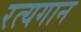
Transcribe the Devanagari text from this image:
रत्यगान